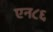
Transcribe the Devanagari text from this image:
एन८६